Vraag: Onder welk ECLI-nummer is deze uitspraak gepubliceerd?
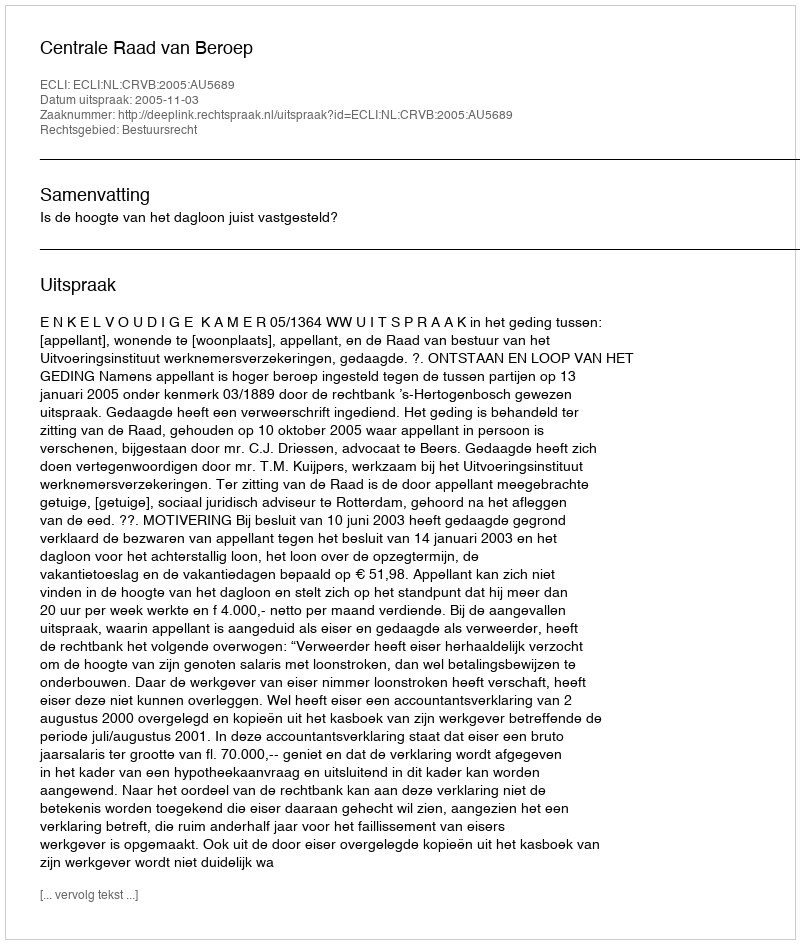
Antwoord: ECLI:NL:CRVB:2005:AU5689